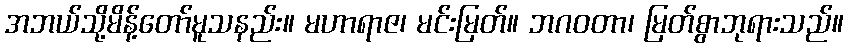
အဘယ်သို့မိန့်တော်မူသနည်း။ မဟာရာဇ၊ မင်းမြတ်။ ဘဂဝတာ၊ မြတ်စွာဘုရားသည်။